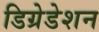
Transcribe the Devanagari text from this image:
डिग्रेडेशन